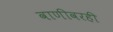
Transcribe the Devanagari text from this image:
वाणीवरही